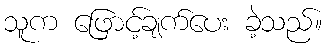
သူက ဖြောင့်ချက်ပေး ခဲ့သည်။